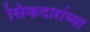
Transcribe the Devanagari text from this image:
सिकदारांच्या